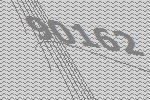
90162